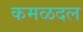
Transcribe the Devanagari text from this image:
कमळदल